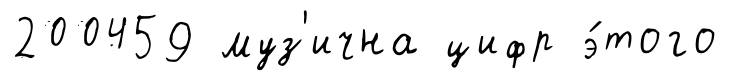
200459 муз'ична цифр э́того